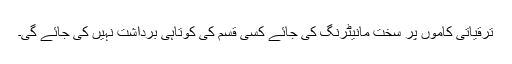
ترقیاتی کاموں پر سخت مانیٹرنگ کی جائے کسی قسم کی کوتاہی برداشت نہیں کی جائے گی۔